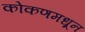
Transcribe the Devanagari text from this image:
कोकणमधून